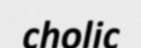
cholic